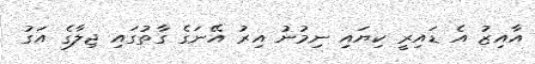
އާއިޒު އެ ޑައިރީ ކިޔައި ނިމުނު އިރު އޭނަގެ ގާތުގައި ޖިލާގެ އަގު